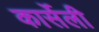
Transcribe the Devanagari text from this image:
कार्सेली